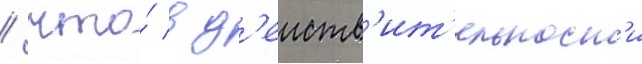
/ что́ в д'еиств'ит'ельност'и